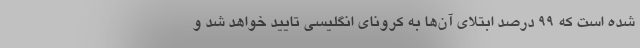
شده است که ۹۹ درصد ابتلای آن‌ها به کرونای انگلیسی تایید خواهد شد و